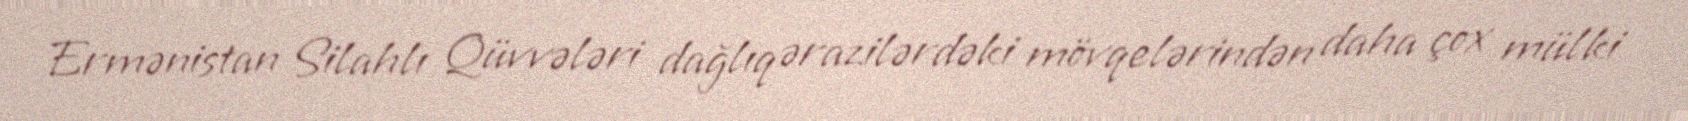
Ermənistan Silahlı Qüvvələri dağlıq ərazilərdəki mövqelərindən daha çox mülki